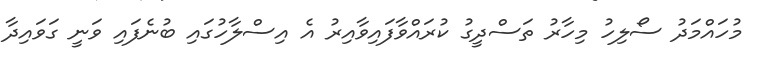
މުހައްމަދު ސޯލިހު މިހާރު ތަސްދީގު ކުރައްވާފައިވާއިރު އެ އިސްލާހުގައި ބުނެފައި ވަނީ ގަވައިދާ